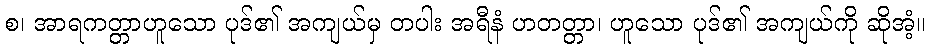
စ၊ အာရကတ္တာဟူသော ပုဒ်၏ အကျယ်မှ တပါး အရီနံ ဟတတ္တာ၊ ဟူသော ပုဒ်၏ အကျယ်ကို ဆိုအံ့။